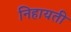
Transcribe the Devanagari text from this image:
निहायती